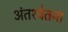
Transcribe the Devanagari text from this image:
अंतश्‍चेतना